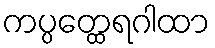
ကပ္ပတ္ထေရဂါထာ